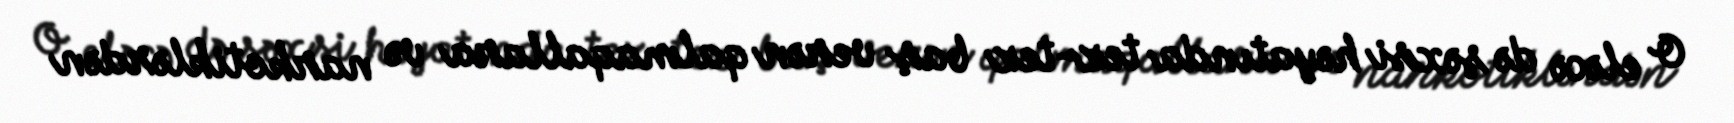
O eləcə də şəxsi həyatında tez-tez baş verən qalmaqallara və narkotiklərdən